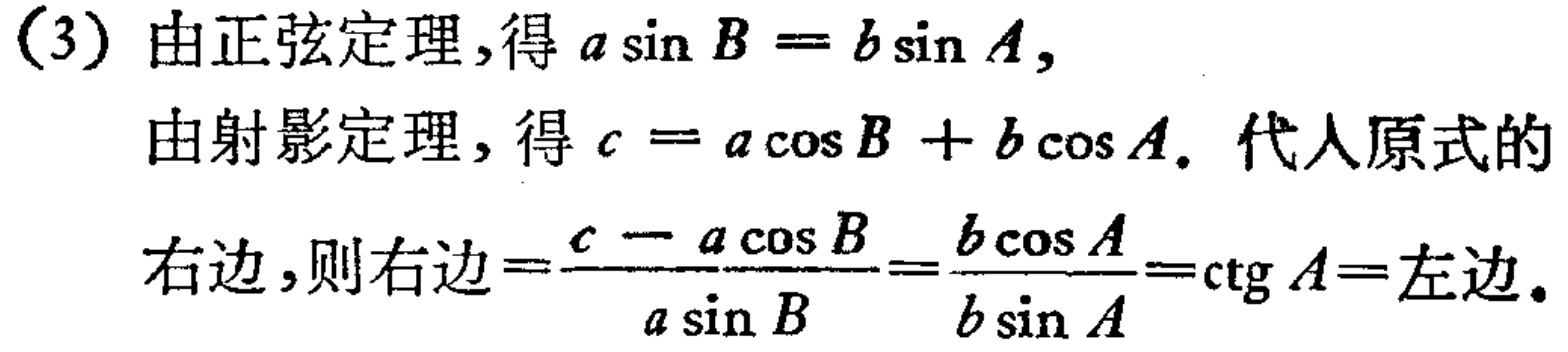
(3) 由正弦定理,得 \(a\sin B = b\sin A\),
由射影定理,得 \(c = a\cos B + b\cos A\). 代人原式的
右边,则右边\(=\frac{c - a\cos B}{a\sin B}=\frac{b\cos A}{b\sin A}=\mathrm{ctg}\,A=\)左边.